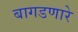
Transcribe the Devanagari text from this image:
बागडणारे